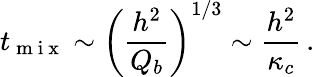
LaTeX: t_{\mathrm{~m~i~x~}}\sim\left(\frac{h^{2}}{Q_{b}}\right)^{1/3}\sim\frac{h^{2}}{\kappa_{c}}\, .